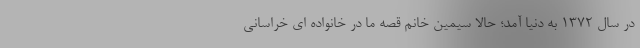
در سال ۱۳۷۲ به دنیا آمد؛ حالا سیمین خانم قصه ما در خانواده ای خراسانی